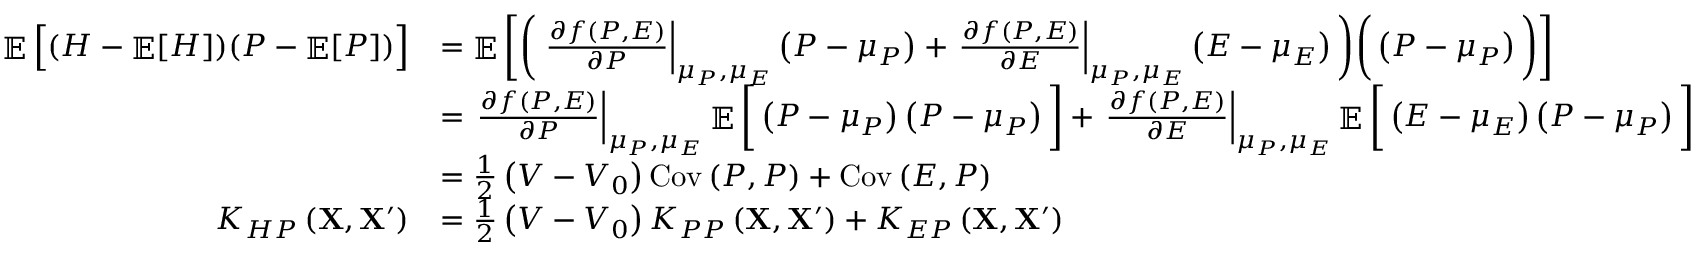
\begin{array} { r l } { \mathop { \mathbb { E } } \Big [ ( H - \mathop { \mathbb { E } } [ H ] ) ( P - \mathop { \mathbb { E } } [ P ] ) \Big ] } & { = \mathop { \mathbb { E } } \bigg [ \bigg ( \left. \frac { \partial f \left( P , E \right) } { \partial P } \right| _ { \mu _ { P } , \mu _ { E } } \left( P - \mu _ { P } \right) + \left. \frac { \partial f \left( P , E \right) } { \partial E } \right| _ { \mu _ { P } , \mu _ { E } } \left( E - \mu _ { E } \right) \bigg ) \bigg ( \left( P - \mu _ { P } \right) \bigg ) \bigg ] } \\ & { = \left. \frac { \partial f \left( P , E \right) } { \partial P } \right| _ { \mu _ { P } , \mu _ { E } } \mathop { \mathbb { E } } \bigg [ \left( P - \mu _ { P } \right) \left( P - \mu _ { P } \right) \bigg ] + \left. \frac { \partial f \left( P , E \right) } { \partial E } \right| _ { \mu _ { P } , \mu _ { E } } \mathop { \mathbb { E } } \bigg [ \left( E - \mu _ { E } \right) \left( P - \mu _ { P } \right) \bigg ] } \\ & { = \frac { 1 } { 2 } \left( V - V _ { 0 } \right) \operatorname { C o v } \left( P , P \right) + \operatorname { C o v } \left( E , P \right) } \\ { K _ { H P } \left( \mathbf { X } , \mathbf { X } ^ { \prime } \right) } & { = \frac { 1 } { 2 } \left( V - V _ { 0 } \right) K _ { P P } \left( \mathbf { X } , \mathbf { X } ^ { \prime } \right) + K _ { E P } \left( \mathbf { X } , \mathbf { X } ^ { \prime } \right) } \end{array}